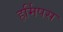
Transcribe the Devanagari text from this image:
हर्मिपस